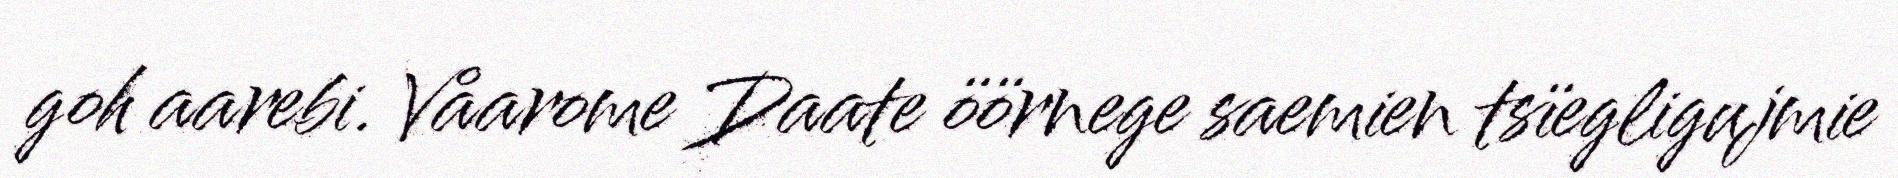
goh aarebi. Våarome Daate öörnege saemien tsïegligujmie